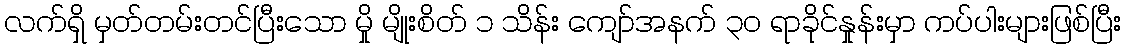
လက်ရှိ မှတ်တမ်းတင်ပြီးသော မှို မျိုးစိတ် ၁ သိန်း ကျော်အနက် ၃၀ ရာခိုင်နှုန်းမှာ ကပ်ပါးများဖြစ်ပြီး